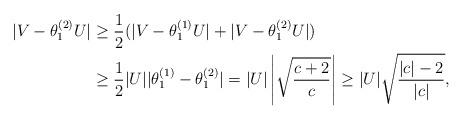
LaTeX: \begin{align*}|V-\theta_{1}^{(2)}U| & \geq\frac{1}{2}(|V-\theta_{1}^{(1)}U|+|V-\theta_{1}^{(2)}U|)\\& \geq\frac{1}{2}|U||\theta_{1}^{(1)}-\theta_{1}^{(2)}|=|U|\left\vert\sqrt{\frac{c+2}{c}}\right\vert \geq|U|\sqrt{\frac{|c|-2}{|c|}},\end{align*}